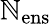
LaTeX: \mathbb{N}_{\mathrm{{ens}}}